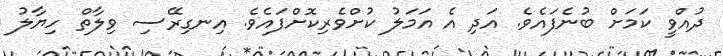
ދުއްވީ ކަމަށް ބުނެފައެވެ. އަދި އެ އަމަލު ކުށްވެރިކޮށްފައެވެ. އިނގިރޭސި ވިލާތް ހިޔާލު